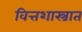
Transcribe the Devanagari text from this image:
वित्तशास्त्रात